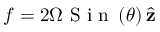
\boldsymbol { f } = 2 \Omega \textrm { S i n } \left( \theta \right) \hat { \mathbf { z } }